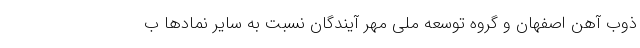
ذوب آهن اصفهان و گروه توسعه ملی مهر آیندگان نسبت به سایر نمادها ب